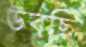
উবছি